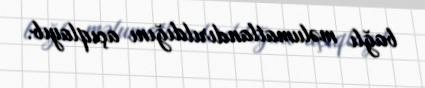
bağlı məlumatlandırıldığını açıqlayıb.